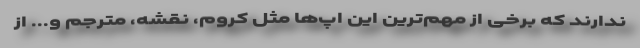
ندارند که برخی از مهم‌ترین این اپ‌ها مثل کروم، نقشه، مترجم و... از